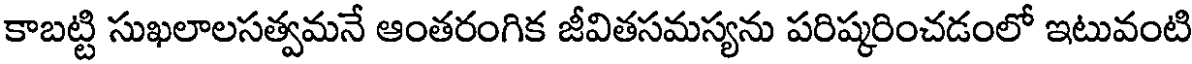
కాబట్టి సుఖలాలసత్వమనే ఆంతరంగిక జీవితసమస్యను పరిష్కరించడంలో ఇటువంటి